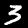
Label: 3